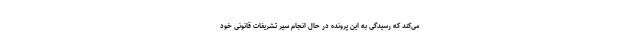
می‌کند که رسیدگی به این پرونده در حال انجام سیر تشریفات قانونی خود